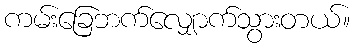
ကမ်းခြေဘက်လျှောက်သွားတယ်။